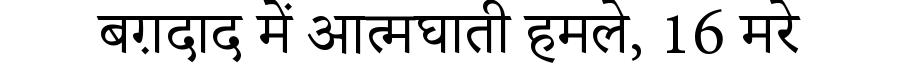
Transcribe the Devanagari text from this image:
बग़दाद में आत्मघाती हमले, 16 मरे